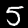
Digit: 5